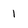
Character: 1